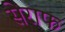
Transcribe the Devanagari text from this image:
सेराफ